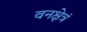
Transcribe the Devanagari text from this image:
वनक्षेत्रं